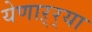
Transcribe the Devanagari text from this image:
येणाऱ्र्‍या